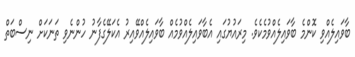
ބާވައިލެއްވި ކޮންމެ ބާވައިލެއްވުމެކެވެ. މިރައުޔުގައި އެބާވައިލެއްވުމެއް ބާވައިލެއްވޭއިރު އެކަލޭގެފާނު ހުންނެވި ތަނަކަށް ނިސްބަތް